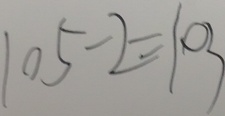
1 0 5 - 2 = 1 0 3